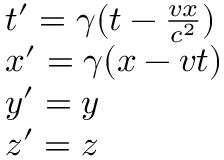
\begin{array} { l } { t ^ { \prime } = \gamma ( t - \frac { v x } { c ^ { 2 } } ) } \\ { x ^ { \prime } = \gamma ( x - v t ) } \\ { y ^ { \prime } = y } \\ { z ^ { \prime } = z } \end{array}